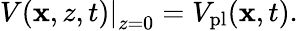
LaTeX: \left.V(\mathbf{x},z,t)\right|_{z=0}=V_{\mathrm{pl}}(\mathbf{x},t).